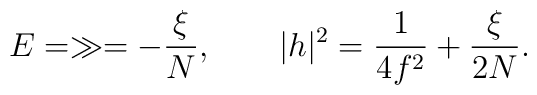
E  = \gg = - \frac{\xi}{N}, \hspace{2em}  |h|^2 = \frac{1}{4f^2} + \frac{\xi}{2N}.